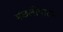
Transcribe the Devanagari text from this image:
मछलीपाटम